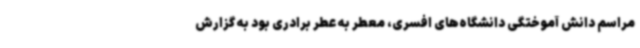
مراسم دانش آموختگی دانشگاه‌های افسری، معطر به عطر برادری بود به گزارش